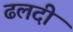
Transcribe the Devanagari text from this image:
ढलदी